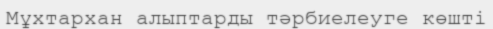
Мұхтархан алыптарды тәрбиелеуге көшті